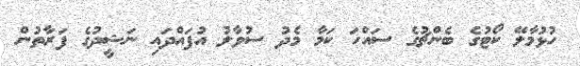
ހުޅުމާލޭ ކޯޓުގެ ބެންޗުގެ ސައްހަ ކަމާ މެދު ސުވާލު އުފައްދައި ނަޝީދުގެ ފަރާތުން